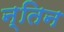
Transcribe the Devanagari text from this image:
न्तिन